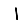
Digit: 1